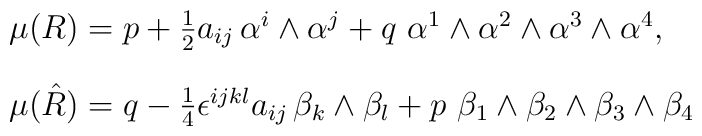
\begin{array}{l}\mu(R)=p+\frac{1}{2}a_{ij}\, \alpha^{i}\wedge\alpha^{j}+q\,\,\alpha^1\wedge\alpha^2\wedge\alpha^3\wedge\alpha^4,\\[12pt]\mu(\hat{R})=q-\frac{1}{4}\epsilon^{ijkl}a_{ij}\, \beta_k\wedge\beta_l+p\,\, \beta_1\wedge\beta_2\wedge\beta_3\wedge\beta_4\end{array}